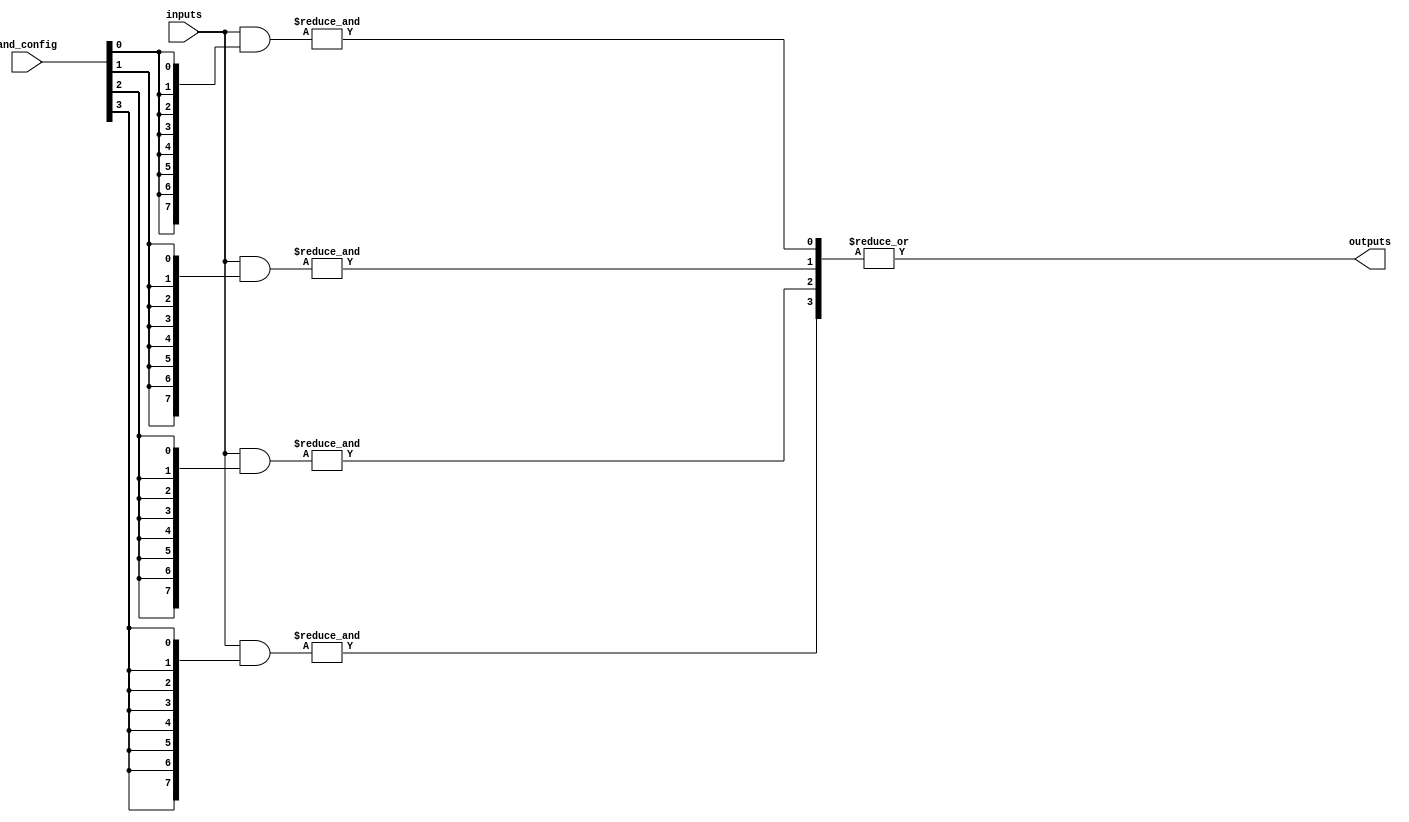
module FlashProgrammablePAL #(parameter NUM_INPUTS = 8, parameter NUM_ANDS = 4, parameter NUM_OUTPUTS = 1) (
    input wire [NUM_INPUTS-1:0] inputs,     // Input pins
    input wire [NUM_ANDS-1:0] and_config,   // Configuration for AND gates (1 = connected, 0 = not connected)
    output wire [NUM_OUTPUTS-1:0] outputs    // Output pins
);

    // Programmable AND array
    wire [NUM_ANDS-1:0] and_outputs;
    
    // Generate AND gates based on configurations
    genvar i, j;
    generate
        for (i = 0; i < NUM_ANDS; i = i + 1) begin : AND_GATE
            wire [NUM_INPUTS-1:0] and_input;
            assign and_input = inputs & {NUM_INPUTS{and_config[i]}};

            // AND gate logic
            assign and_outputs[i] = &and_input;
        end
    endgenerate

    // Fixed OR array
    assign outputs[0] = |and_outputs; // Example with ORing all AND outputs

endmodule